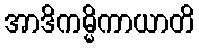
အာဒိကမ္မိကာယာတိ